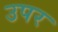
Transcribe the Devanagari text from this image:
उपर